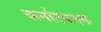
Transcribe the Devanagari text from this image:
कर्नाटकतक